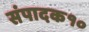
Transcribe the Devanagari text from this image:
संपादक१०